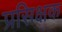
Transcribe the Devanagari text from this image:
प्रसिक्षक